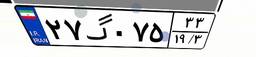
۲۷گ۰۷۵۳۳